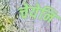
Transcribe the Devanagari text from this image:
चेयेनि